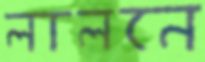
লালনে